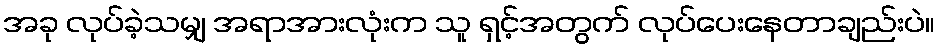
အခု လုပ်ခဲ့သမျှ အရာအားလုံးက သူ ရှင့်အတွက် လုပ်ပေးနေတာချည်းပဲ။